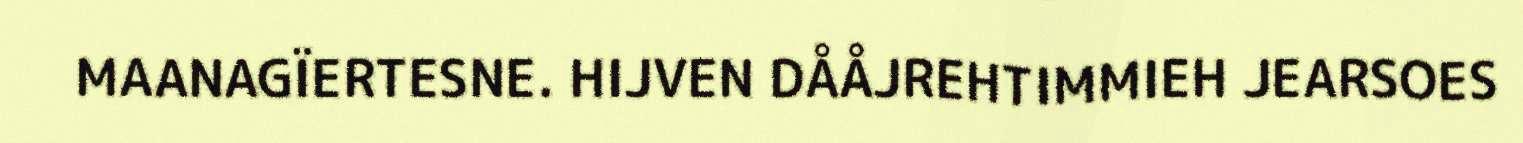
MAANAGÏERTESNE. HIJVEN DÅÅJREHTIMMIEH JEARSOES